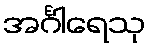
အင်္ဂါရေသု